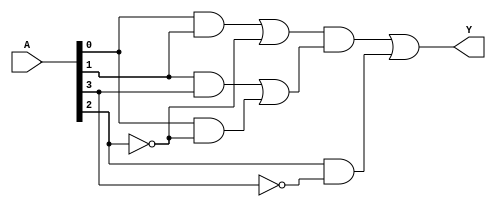
module MultiLevelSimplification (
    input wire [3:0] A, // 4-bit input representing the variables (A[3:0])
    output wire Y       // Single output for the simplified logic
);

// Intermediate signals for sub-functions
wire f1, f2, f3;

// Step 1: Define sub-functions based on simplified logic expressions.
// Example simplified functions (you may replace these with your actual logic):
assign f1 = (A[0] & A[1]) | (~A[2]); // Sub-function 1
assign f2 = (A[1] & A[3]) | (A[0] & ~A[2]); // Sub-function 2
assign f3 = (f1 & f2) | (A[2] & ~A[3]); // Sub-function 3

// Step 2: Combine sub-functions to form final output
assign Y = f3;

// Testbench for verification
initial begin
    // Monitoring the inputs and outputs
    $monitor("A = %b, Y = %b", A, Y);
end

endmodule